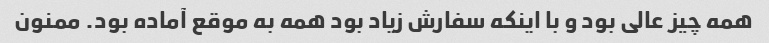
همه چیز عالی بود و با اینکه سفارش زیاد بود همه به موقع آماده بود. ممنون